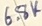
Text: 6.8K